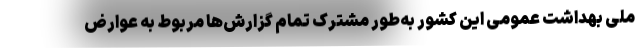
ملی بهداشت عمومی این کشور به‌طور مشترک تمام گزارش‌ها مربوط به عوارض